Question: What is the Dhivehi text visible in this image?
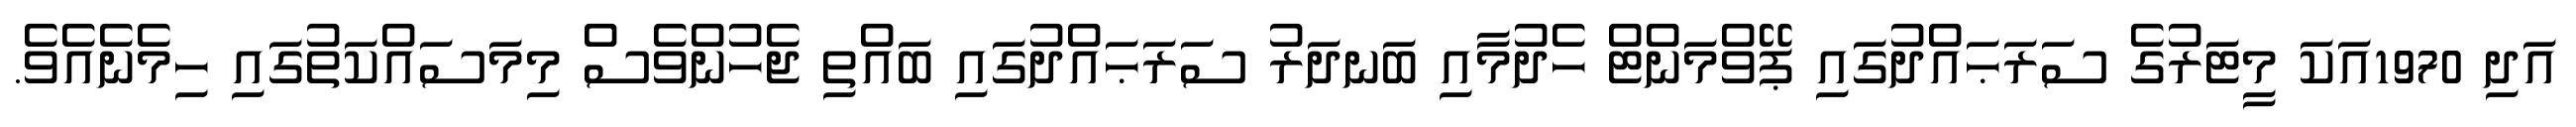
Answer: އަދި 1970އަކަ މީޓަރުގެ ސަރަޙައްދުގައި ޕޭވްމަންޓް ހެދުމާއި ބަނދަރު ސަރަޙައްދުގައި ބައްތި ޖެހުންވެސް މިމަސައްކަތުގައި ހިމެނެއެވެ.